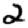
Digit: 2